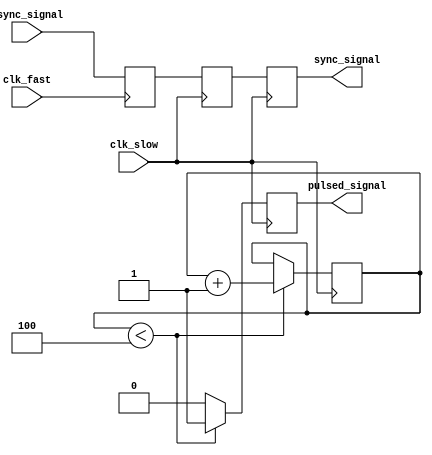
module pulsed_synchronizer (
    input wire async_signal,   // Asynchronous input signal
    input wire clk_fast,       // Clock from the fast clock domain
    input wire clk_slow,       // Clock from the slow clock domain
    output reg sync_signal,     // Synchronized output signal
    output reg pulsed_signal    // Pulsed output signal
);

// Internal signals for metastability reduction and pulse generation
reg stage1_ff;               // First flip-flop output (fast clock domain)
reg stage2_ff;               // Second flip-flop output (slow clock domain)

// Parameter for pulse width
parameter PULSE_WIDTH = 4;   // Adjust as needed for pulse duration
reg [3:0] pulse_counter;      // Counter for pulse width timing

// Managing synchronization in fast clock domain
always @(posedge clk_fast) begin
    stage1_ff <= async_signal; // Capture the async signal
end

// Synchronizing to slow clock domain
always @(posedge clk_slow) begin
    stage2_ff <= stage1_ff;         // Capture the output of the first flip-flop
    sync_signal <= stage2_ff;       // Assign synchronized output signal

    // Generate pulse on falling edge of sync_signal
    if (sync_signal && !sync_signal) begin
        pulse_counter <= 0;          // Reset pulse counter
    end else if (pulse_counter < PULSE_WIDTH) begin
        pulse_counter <= pulse_counter + 1; // Increment pulse counter
    end
end

// Pulse generation logic
always @(posedge clk_slow) begin
    if (pulse_counter < PULSE_WIDTH) begin
        pulsed_signal <= 1'b1;        // High for pulse duration
    end else begin
        pulsed_signal <= 1'b0;        // Low after pulse duration
    end
end

endmodule